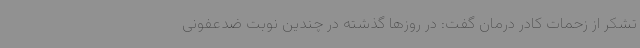
تشکر از زحمات کادر درمان گفت: در روزها گذشته در چندین نوبت ضدعفونی